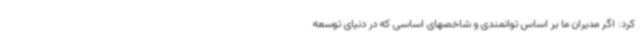
کرد: اگر مدیران ما بر اساس توانمندی و شاخصهای اساسی که در دنیای توسعه